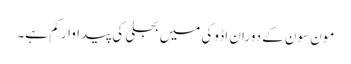
مون سون کے دوران اڈوکی میں بجلی کی پیداوار کم ہے۔